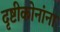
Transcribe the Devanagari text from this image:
दृष्टीकोनांना